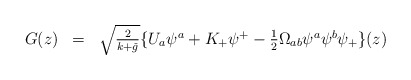
\begin{align*}\begin{array}{lll}G(z) & = & \sqrt{\frac{2}{k+ \check{g}}} \{ U_{a} \psi^{a} + K_{+} \psi^{+} -\frac{1}{2} \Omega_{ab} \psi^{a} \psi^{b} \psi_{+} \}(z) \\\end{array}\end{align*}